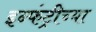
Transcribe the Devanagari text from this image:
इन्फंट्रीच्या